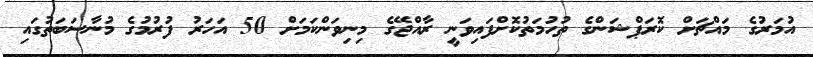
އުމަރުގެ މައްޗަށް ކޮރަޕްޝަންގެ ތުހުމަތުކޮށްފައިވަނީ ރާއްޖޭގެ މިނިވަންކަމަށް 50 އަހަރު ފުރުމުގެ މުނާސަބަތުގައި